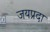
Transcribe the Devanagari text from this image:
जयप्रदा